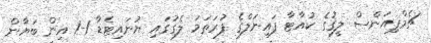
ޗެމްޕިއަންސް ލީގުގެ ކުއާޓާ ފައިނަލްގެ ފުރަތަމަ ލެގުގައި ޔުނައިޓެޑާ 1-1 އިން ބަޔާން